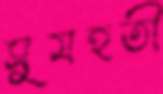
সুমহতী